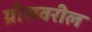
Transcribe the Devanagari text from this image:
ग्रीसवरील